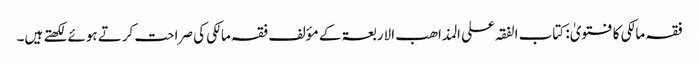
فقہ مالکی کا فتویٰ: کتاب الفقہ علی المذاھب الاربعۃ کے مؤلف فقہ مالکی کی صراحت کرتے ہوئے لکھتے ہیں۔